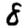
Digit: 8